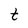
Character: t